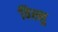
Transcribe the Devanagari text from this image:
विस्नु